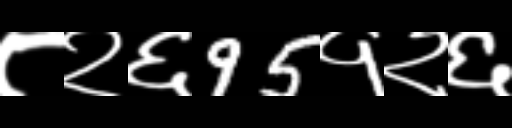
Text: ८२६95१२६